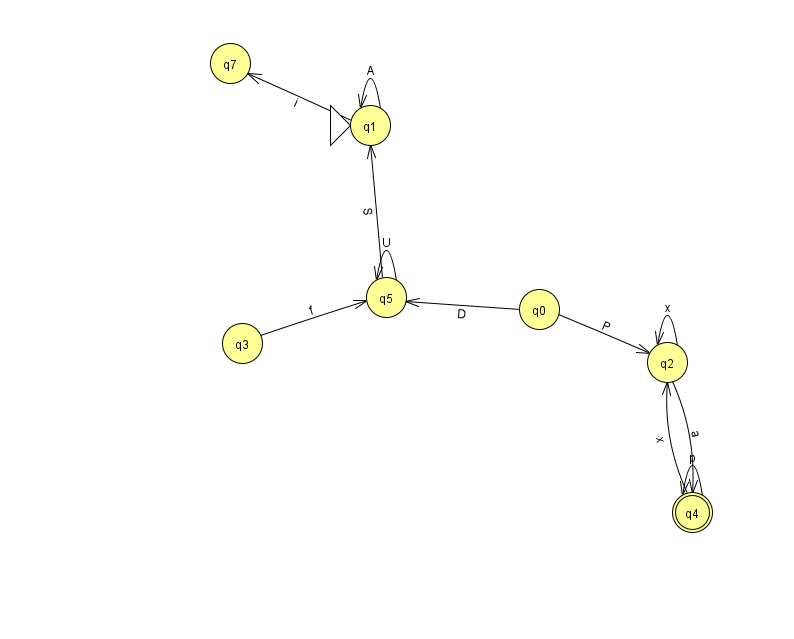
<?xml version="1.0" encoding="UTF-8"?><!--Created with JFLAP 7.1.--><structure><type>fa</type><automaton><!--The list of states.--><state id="0" name="q0"><x>539.0</x><y>296.0</y></state><state id="1" name="q1"><x>370.0</x><y>112.0</y><initial/></state><state id="2" name="q2"><x>667.0</x><y>349.0</y></state><state id="3" name="q3"><x>242.0</x><y>330.0</y></state><state id="4" name="q4"><x>692.0</x><y>499.0</y><final/></state><state id="5" name="q5"><x>386.0</x><y>284.0</y></state><state id="7" name="q7"><x>230.0</x><y>50.0</y></state><!--The list of transitions.--><transition><from>4</from><to>4</to><read>p</read></transition><transition><from>5</from><to>1</to><read>S</read></transition><transition><from>1</from><to>1</to><read>A</read></transition><transition><from>3</from><to>5</to><read>f</read></transition><transition><from>4</from><to>2</to><read>x</read></transition><transition><from>5</from><to>5</to><read>U</read></transition><transition><from>1</from><to>7</to><read>i</read></transition><transition><from>2</from><to>2</to><read>x</read></transition><transition><from>0</from><to>5</to><read>D</read></transition><transition><from>2</from><to>4</to><read>a</read></transition><transition><from>0</from><to>2</to><read>P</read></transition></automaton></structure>